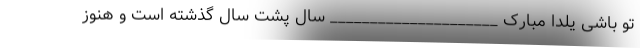
تو باشی یلدا مبارک _____________________ سال پشت سال گذشته است و هنوز